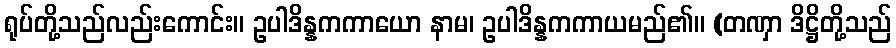
ရုပ်တို့သည်လည်းကောင်း။ ဥပါဒိန္နကကာယော နာမ၊ ဥပါဒိန္နကကာယမည်၏။ (တဏှာ ဒိဋ္ဌိတို့သည်